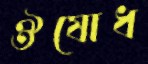
ঔষোধ